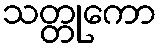
သတ္တုကော